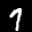
Label: 7